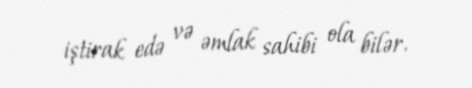
iştirak edə və əmlak sahibi ola bilər.